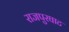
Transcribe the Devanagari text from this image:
राजपुरघाट